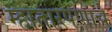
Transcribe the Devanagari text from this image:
म्हातारपणाचे